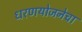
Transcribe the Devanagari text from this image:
धरणयोजनेचा